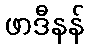
ဖာဒီနန်